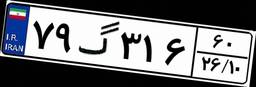
۳۳گ۸۱۶۵۲